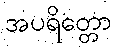
အပရိတ္တော